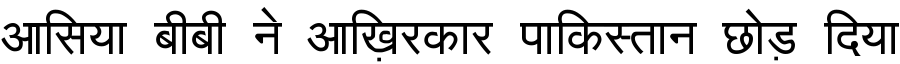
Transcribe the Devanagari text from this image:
आसिया बीबी ने आख़िरकार पाकिस्तान छोड़ दिया